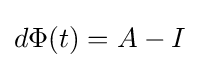
d\Phi (t)=A-I